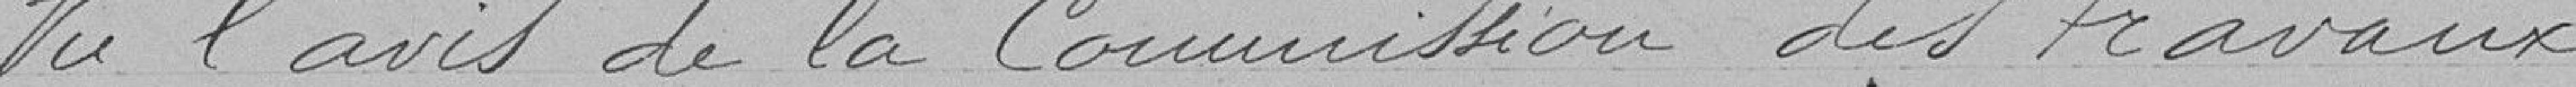
Vu l'avis de le Commission des travaux